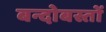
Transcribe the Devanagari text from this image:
बन्दोबस्तों